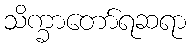
သိက္ခာတော်ရဆရာ